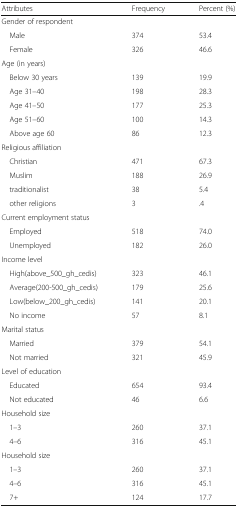
<table><thead><tr><td><b>Attributes</b></td><td><b>Frequency</b></td><td><b>Percent (%)</b></td></tr></thead><tbody><tr><td colspan="3">Gender of respondent</td></tr><tr><td> Male</td><td>374</td><td>53.4</td></tr><tr><td> Female</td><td>326</td><td>46.6</td></tr><tr><td colspan="3">Age (in years)</td></tr><tr><td> Below 30 years</td><td>139</td><td>19.9</td></tr><tr><td> Age 31–40</td><td>198</td><td>28.3</td></tr><tr><td> Age 41–50</td><td>177</td><td>25.3</td></tr><tr><td> Age 51–60</td><td>100</td><td>14.3</td></tr><tr><td> Above age 60</td><td>86</td><td>12.3</td></tr><tr><td colspan="3">Religious affiliation</td></tr><tr><td> Christian</td><td>471</td><td>67.3</td></tr><tr><td> Muslim</td><td>188</td><td>26.9</td></tr><tr><td> traditionalist</td><td>38</td><td>5.4</td></tr><tr><td> other religions</td><td>3</td><td>.4</td></tr><tr><td colspan="3">Current employment status</td></tr><tr><td> Employed</td><td>518</td><td>74.0</td></tr><tr><td> Unemployed</td><td>182</td><td>26.0</td></tr><tr><td colspan="3">Income level</td></tr><tr><td> High(above_500_gh_cedis)</td><td>323</td><td>46.1</td></tr><tr><td> Average(200-500_gh_cedis)</td><td>179</td><td>25.6</td></tr><tr><td> Low(below_200_gh_cedis)</td><td>141</td><td>20.1</td></tr><tr><td> No income</td><td>57</td><td>8.1</td></tr><tr><td colspan="3">Marital status</td></tr><tr><td> Married</td><td>379</td><td>54.1</td></tr><tr><td> Not married</td><td>321</td><td>45.9</td></tr><tr><td colspan="3">Level of education</td></tr><tr><td> Educated</td><td>654</td><td>93.4</td></tr><tr><td> Not educated</td><td>46</td><td>6.6</td></tr><tr><td colspan="3">Household size</td></tr><tr><td> 1–3</td><td>260</td><td>37.1</td></tr><tr><td> 4–6</td><td>316</td><td>45.1</td></tr><tr><td>Household size</td><td></td><td></td></tr><tr><td> 1–3</td><td>260</td><td>37.1</td></tr><tr><td> 4–6</td><td>316</td><td>45.1</td></tr><tr><td> 7+</td><td>124</td><td>17.7</td></tr></tbody></table>